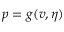
p = g ( v , \eta )